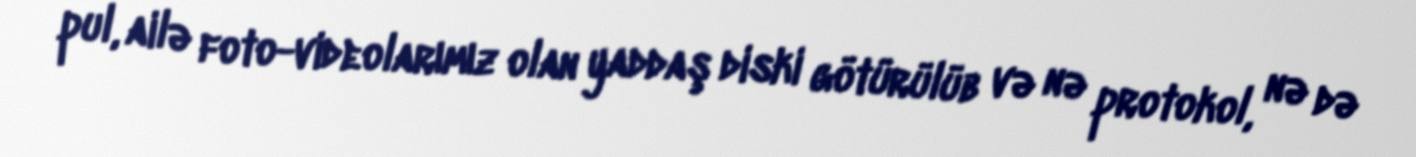
pul, ailə foto-videolarımız olan yaddaş diski götürülüb və nə protokol, nə də